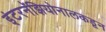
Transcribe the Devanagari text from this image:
इंटरनॅझियोनालकडून